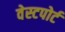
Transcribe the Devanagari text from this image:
वेस्‍टपोर्ट